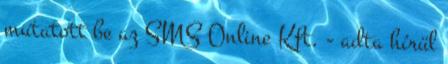
mutatott be az SMS Online Kft. - adta hírül